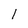
Character: 1